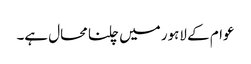
عوام کے لاہور میں چلنا محال ہے۔